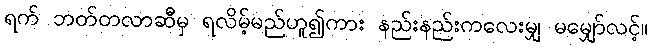
ရက် ဘတ်တလာဆီမှ ရလိမ့်မည်ဟူ၍ကား နည်းနည်းကလေးမျှ မမျှော်လင့်။